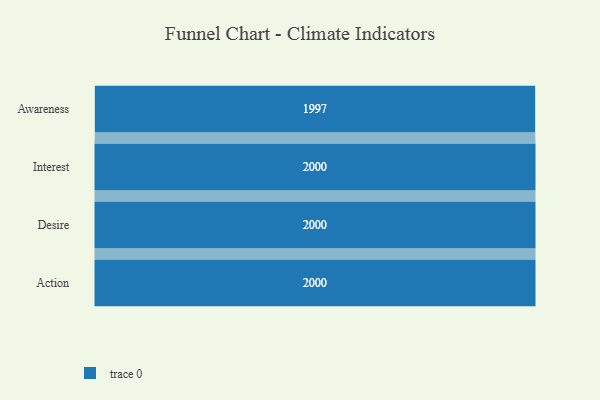
{"axis": {"x": "Stage", "y": "Value"}, "legend": [""], "data": [{"x": "Awareness", "y": 1997.0, "type": ""}, {"x": "Interest", "y": 2000, "type": ""}, {"x": "Desire", "y": 2000, "type": ""}, {"x": "Action", "y": 2000, "type": ""}]}